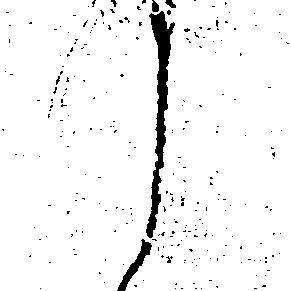
う